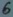
Text: 6